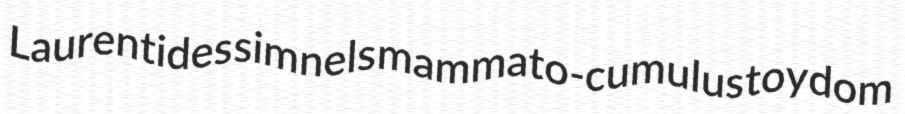
Laurentides simnels mammato-cumulus toydom